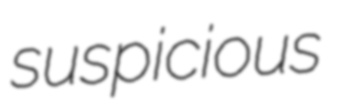
suspicious